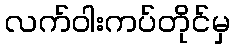
လက်ဝါးကပ်တိုင်မှ